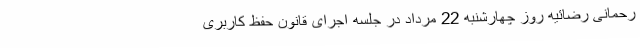
رحمانی رضائیه روز چهارشنبه 22 مرداد در جلسه اجرای قانون حفظ کاربری